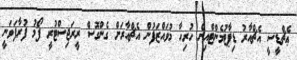
ޢެޗްޑީސީ އެޗްއާރު ޑިޕާޓުމެންޓްއިން ހުރިހާ މުވައްޒަފުން އެޗްއާރަށް ގެންގޮސް ރީރަޖިސްޓުރީ ފޯމު ފުރާފަވަނީ